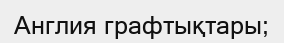
Англия графтықтары;